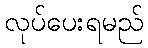
လုပ်ပေးရမည်